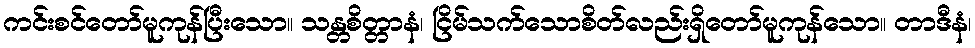
ကင်းစင်တော်မူကုန်ပြီးသော။ သန္တစိတ္တာနံ၊ ငြိမ်သက်သောစိတ်လည်းရှိတော်မူကုန်သော။ တာဒီနံ၊